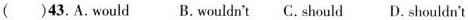
( )43.A.Would B.wouldn't C.should D.shouldn't